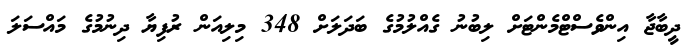
ދީބާޖާ އިންވެސްޓްމެންޓަށް ލިބުނު ގެއްލުމުގެ ބަދަލަށް 348 މިލިއަން ރުފިޔާ ދިނުމުގެ މައްސަލަ